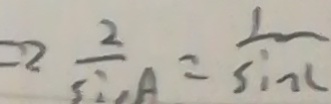
\frac { 2 } { \sin A } = \frac { 1 } { \sin C }